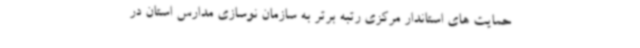
حمایت های استاندار مرکزی رتبه برتر به سازمان نوسازی مدارس استان در